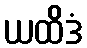
ယထိဒံ